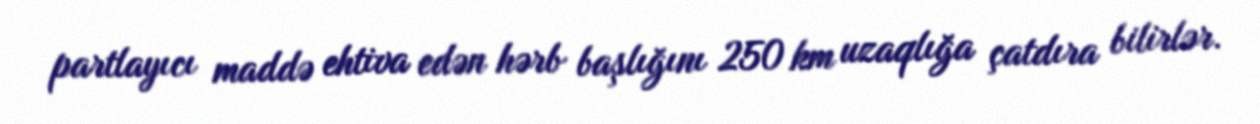
partlayıcı maddə ehtiva edən hərb başlığını 250 km uzaqlığa çatdıra bilirlər.